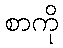
စာကို